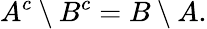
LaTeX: A^{c}\setminus B^{c}=B\setminus A.